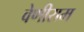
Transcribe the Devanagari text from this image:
वेणीराम